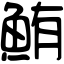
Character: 鮪